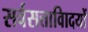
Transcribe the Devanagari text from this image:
सर्वसत्तावािदयों